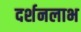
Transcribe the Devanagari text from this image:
दर्शनलाभ